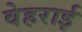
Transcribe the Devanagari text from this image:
वेहराई